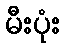
မီးပုံး